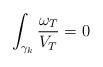
LaTeX: \begin{align*}\int_{\gamma_k}\frac{\omega_T}{V_T}=0\end{align*}